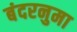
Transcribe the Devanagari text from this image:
बंदरनुमा